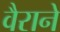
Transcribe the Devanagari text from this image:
वैराने